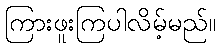
ကြားဖူးကြပါလိမ့်မည်။